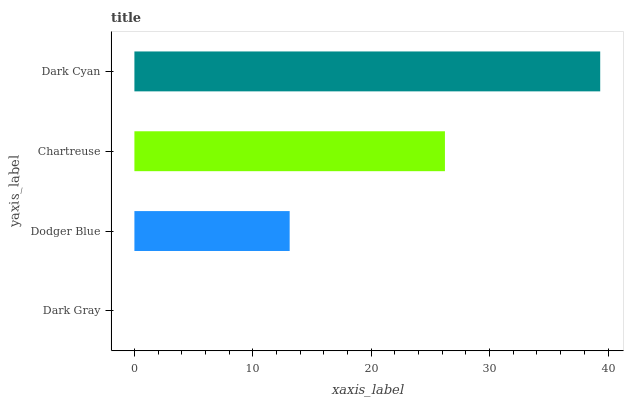
| yaxis_label | bars |
 | --- | --- |
 | Dark Gray | 0 |
 | Dodger Blue | 13.1 |
 | Chartreuse | 26.2 |
 | Dark Cyan | 39.3 |